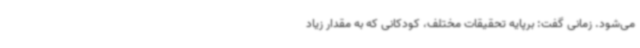
می‌شود. زمانی گفت: برپایه تحقیقات مختلف، کودکانی که به مقدار زیاد